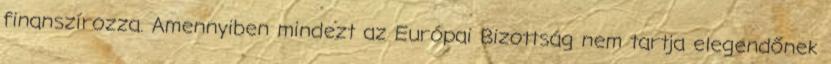
finanszírozza. Amennyiben mindezt az Európai Bizottság nem tartja elegendőnek